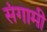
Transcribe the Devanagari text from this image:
संगामी